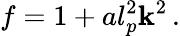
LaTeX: f=1+al_{p}^{2}\mathbf{k}^{2}\, .